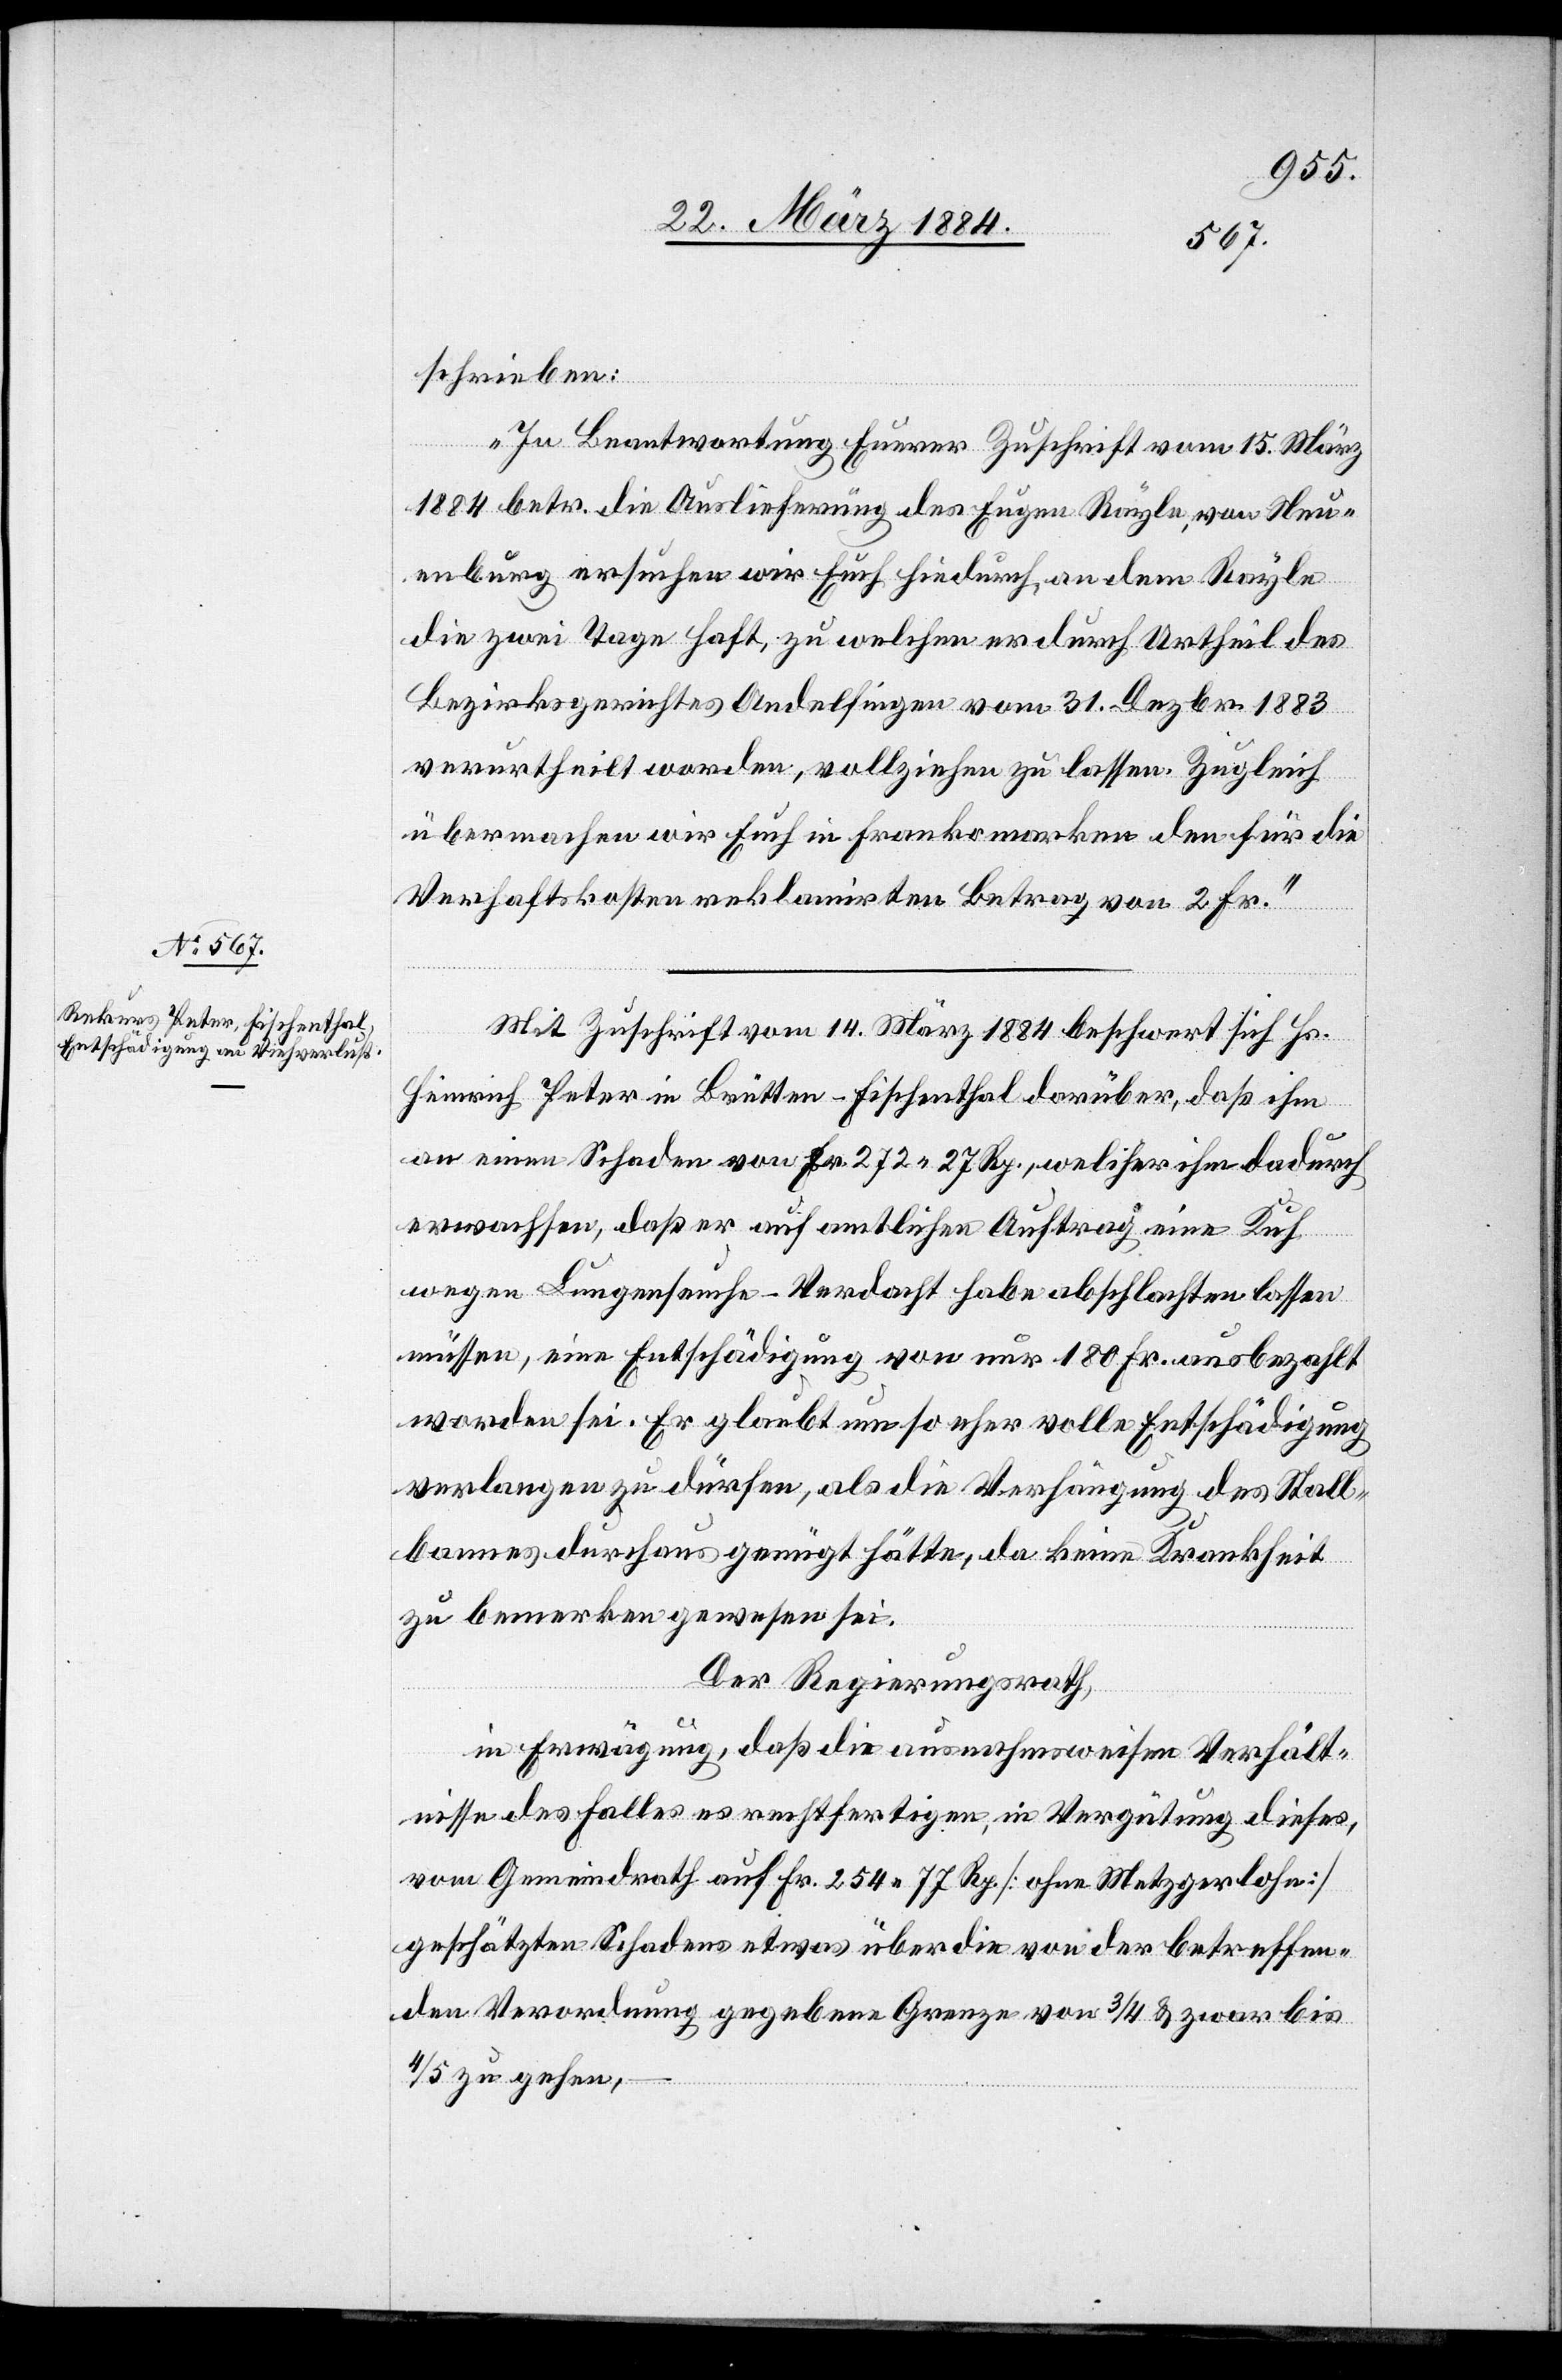
schrieben:
„In Beantwortung Euerer Zuschrift vom 15. März
1884 betr. die Auslieferung des Eugen Rayle, von Neu¬
enburg ersuchen wir Euch hiedruch, an dem Rayle
die zwei Tage Haft, zu welchen er durch Urtheil des
Bezirksgerichtes Andelfingen vom 31. Dezbr. 1883
verurtheilt worden, vollziehen zu lassen. Zugleich
übermachen wir Euch in Frankomarken den für die
Verhaftskosten reklamirten Betrag von 2 Fr.“
Mit Zuschrift vom 14. März 1884 beschwert sich Hs.
Heinrich Peter in Brütten - Fischenthal darüber, daß ihm
an einen Schaden von Fr. 272 27 Rp., welcher ihm dadurch
erwachsen, daß er auf amtlichen Auftrag eine Kuh
wegen Lungenseuche-Verdacht habe abschlachten lassen
müssen, eine Entschädigung von nur 180 Fr. ausbezahlt
worden sei. Er glaubt um so eher volle Entschädigung
verlangen zu dürfen, als die Verhängung des Stall¬
bannes durchaus genügt hätte, da keine Krankheit
zu bemerken gewesen sei.
Der Regierungsrath,
in Erwägung, daß die ausnahmsweisen Verhält¬
nisse des Falles es rechtfertigen, in Vergütung dieses,
vom Gemeindrath auf Fr. 254 77 Rp. [ohne Metzgerlohn]
geschätzten Schadens etwas über die von der betreffen¬
den Verordnung gegebene Grenze von 3/4 & zwar bis
4/5 zu gehen,